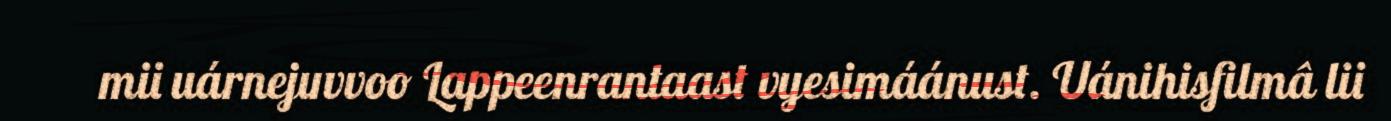
mii uárnejuvvoo Lappeenrantaast vyesimáánust. Uánihisfilmâ lii